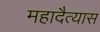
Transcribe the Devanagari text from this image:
महादैत्यास